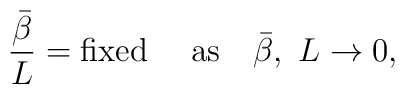
{{\bar\beta}\over L}=\mbox{fixed~~~~as} \quad {\bar\beta},~L \rightarrow 0,